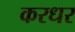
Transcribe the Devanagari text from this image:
करधर